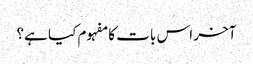
آخر اس بات کا مفہوم کیا ہے؟